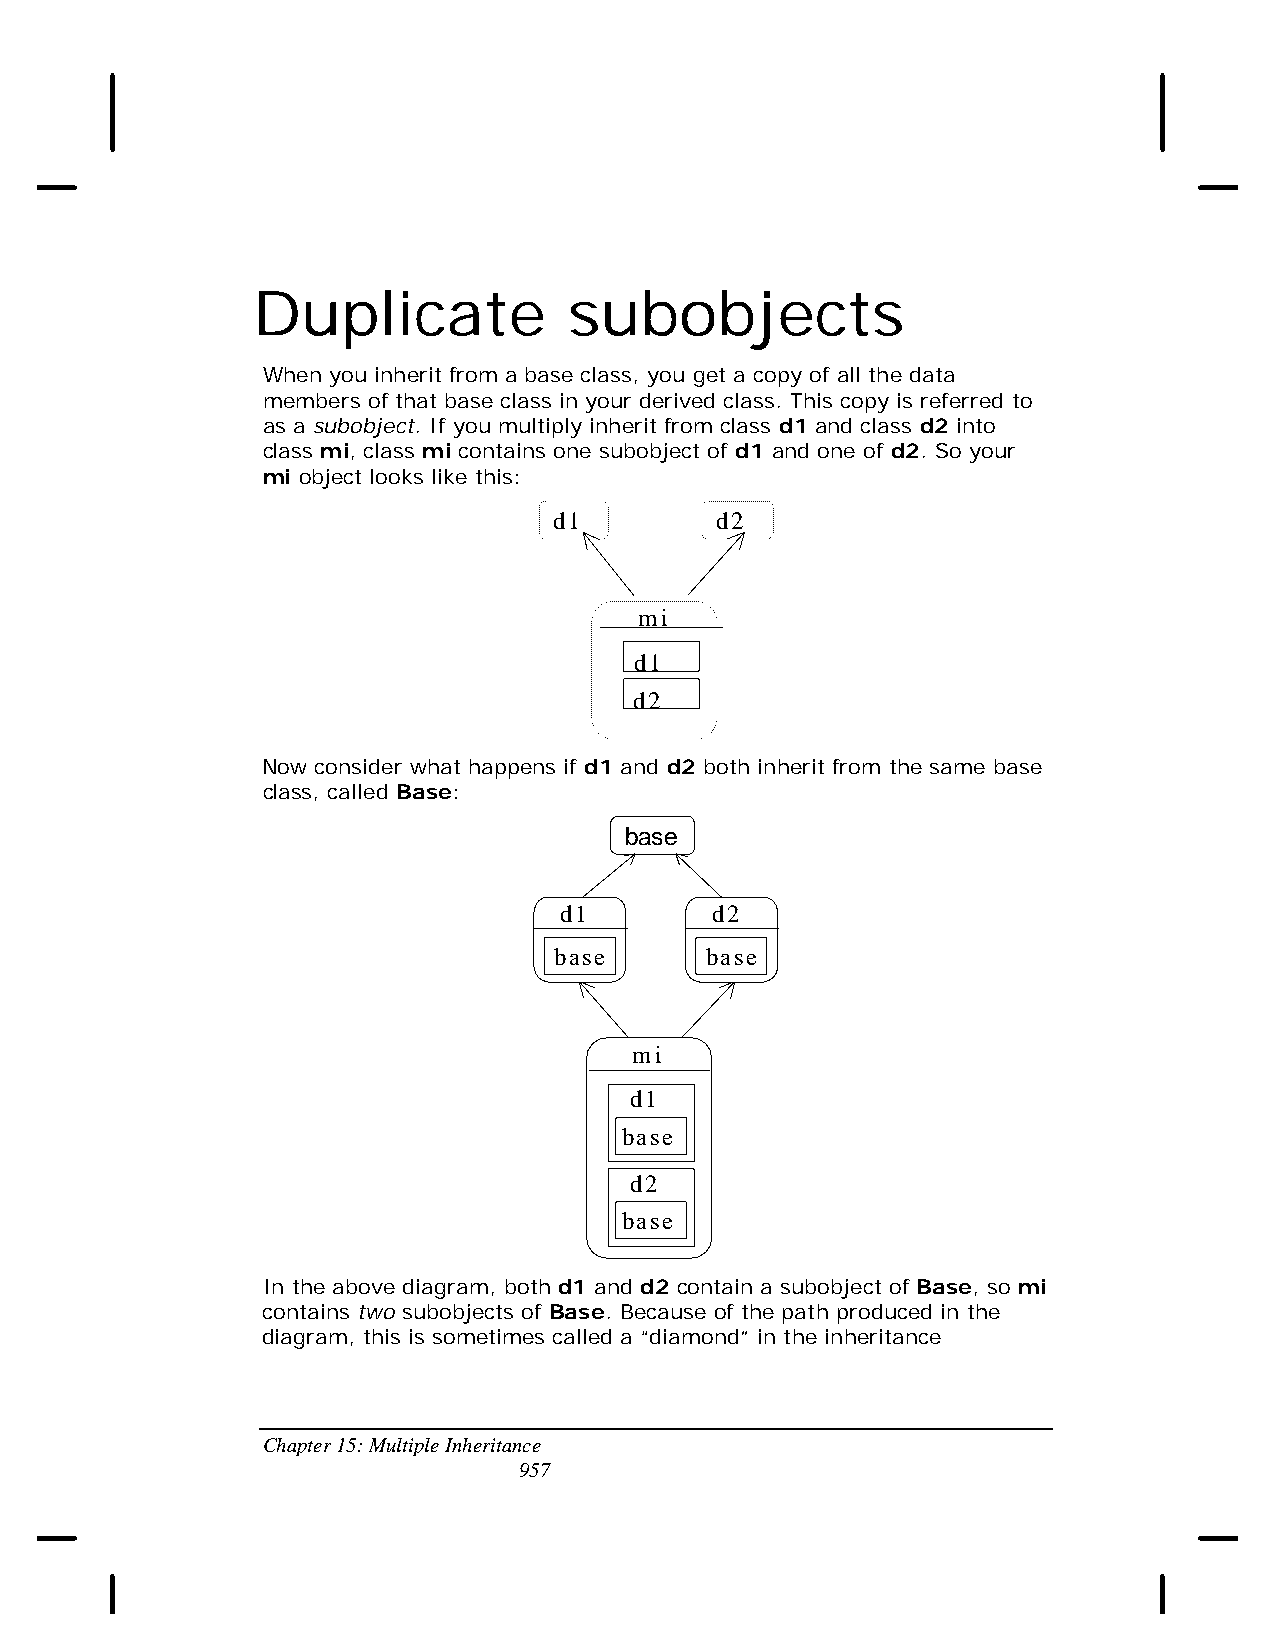
Duplicate            subobjects
 When you inherit from a base class, you get a copy of all the data
 members of that base class in your derived class. This copy is referred to
 as a subobject. If you multiply inherit from class d1 and class d2 into
 class mi, class mi contains one subobject of d1 and one of d2. So your
 mi object looks like this:
 d1        d2
 mi
 d1
 d2
 Now consider what happens if d1 and d2 both inherit from the same base
 class, called Base:
 base
 d1        d2
 base      base
 mi
 d1
 base
 d2
 base
 In the above diagram, both d1 and d2 contain a subobject of Base, so mi
 contains two subobjects of Base. Because of the path produced in the
 diagram, this is sometimes called a “diamond” in the inheritance
 Chapter 15: Multiple Inheritance
 957